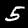
Label: 5